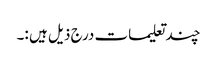
چند تعلیمات درج ذیل ہیں :۔